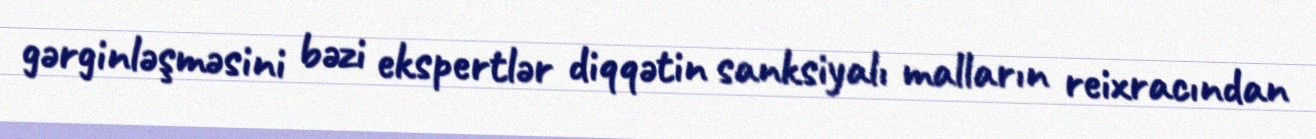
gərginləşməsini bəzi ekspertlər diqqətin sanksiyalı malların reixracından